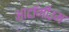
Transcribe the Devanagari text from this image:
आटॉमीउम